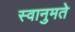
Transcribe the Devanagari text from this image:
स्वानुमते